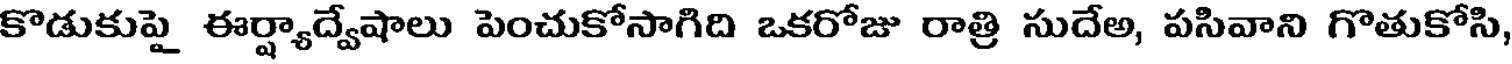
కొడుకుపై ఈర్ష్యాద్వేషాలు పెంచుకోసాగిది ఒకరోజు రాత్రి సుదేఅ, పసివాని గొతుకోసి,